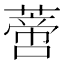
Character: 𰱼